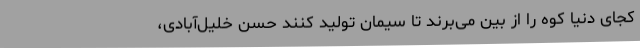
کجای دنیا کوه را از بین می‌برند تا سیمان تولید کنند حسن خلیل‌آبادی،